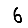
Digit: 6